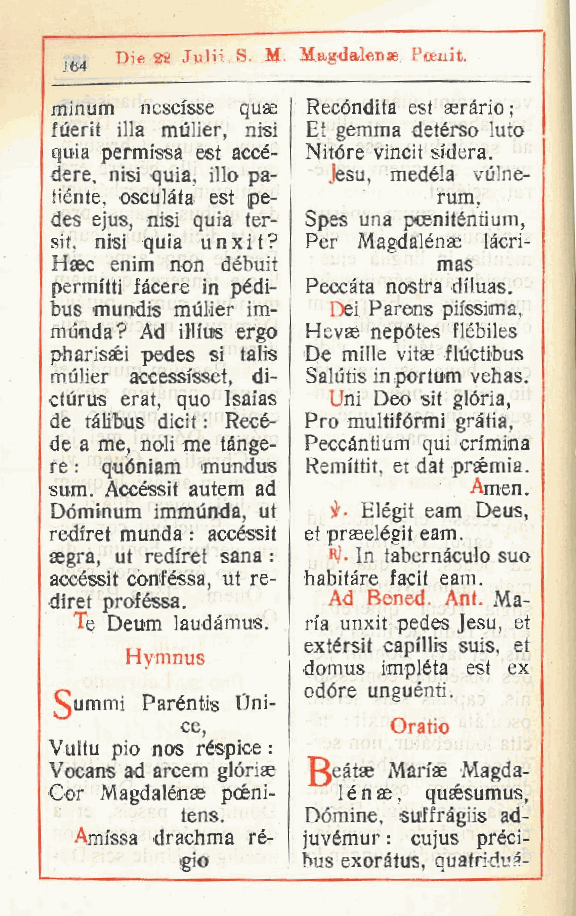
Di« 22 Julii S. M. MagdaleDse Poenit.
 164
 minum nescisse quae Recòndita est aeràrio;
 ftierit illa mulier, nisi Et gemma detèrso luto
 quia permissa est accè- Nitóre vincit si'dera.
 dere nisi quia, ilio pa- Jesu, medèla vulne-
 ,
 tiénte, osculata est pe-  rum,
 des ejus, nisi quia ter- Spes una posniténtium,
 siti nisi quia unxit? Per Magdalénas làcri-
 Hsec enim non débuit      mas
 permitti fàcere in pédi- Peccata nostra di'luas.
 bus mundis mùlier im- Dei Parens pii'ssima,
 munda? Ad illius ergo Hevse nepótes flèbiles
 pharisséi pedes si talis De mille vitse fluctibus
 mulier accessisset, di- Salutis in portum vehas.
 cturus erat, quo Isaias Uni Deo sit glòria,
 de tólibus dicil : Recè- Pro multifórmi gràtia,
 de a me, noli me tange- Peccàntium qui cn'mina
 re : quóniam mundus Remittit, et dat praémia.
 sum. Accèssit autem ad      Amen
 .
 Dóminum immùnda, ut il- Elègit eam Deus,
 redi'ret munda : accèssit et prseelègit eam.
 aegra, ut redi'ret sana : Rj. In tabernàculo suo
 accèssit confèssa, ut re- habitàre facit eam.
 di'ret proféssa.   Ad Bened. Ant. Ma-
 Te Deum laudàmus. ria unxit pedes Jesu, et
 extèrsit capi'llis suis, et
 Hymnus
 domus impléta est ex
 odóre unguènti.
 ummi Parèntis Oni-
 ce,           Oratio
 Vultu pio nos rèspice :
 Vocans ad arcem glóriae J eàtse Man'as Magda-
 Cor Magdalénse pcèni- ! è n ae, qusèsumus
 ,
 tens.   Dòmine, suffràgiis ad-
 Amfssa drachma rè- juvémur : cujus prèci-
 gio     bus exoratus, quatridus-